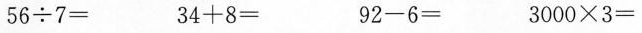
$$5 6 \div 7 =$$ $$3 4 + 8 =$$ $$9 2 - 6 =$$ $$3 0 0 0 \times 3 =$$